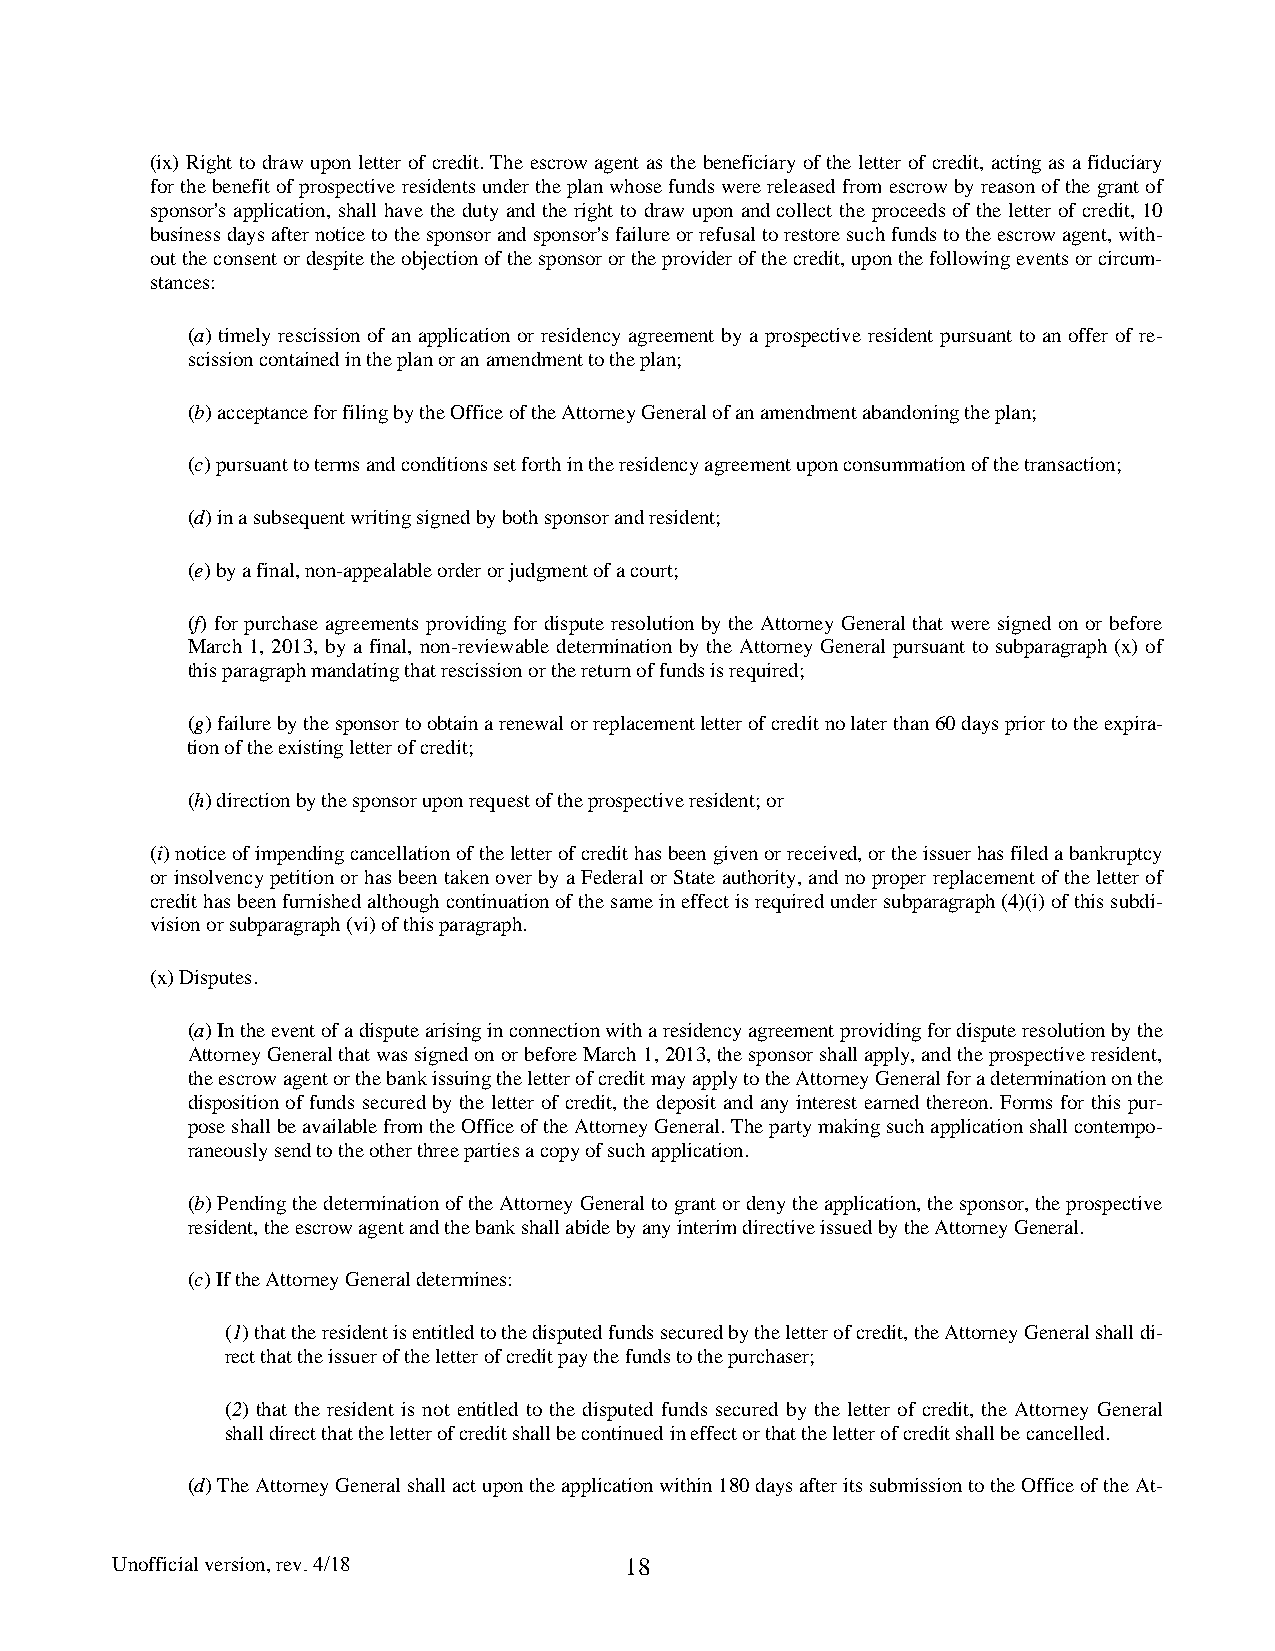
(ix) Right to draw upon letter of credit. The escrow agent as the beneficiary of the letter of credit, acting as a fiduciary
 for the benefit of prospective residents under the plan whose funds were released from escrow by reason of the grant of
 sponsor's application, shall have the duty and the right to draw upon and collect the proceeds of the letter of credit, 10
 business days after notice to the sponsor and sponsor's failure or refusal to restore such funds to the escrow agent, with-
 out the consent or despite the objection of the sponsor or the provider of the credit, upon the following events or circum-
 stances:
 (a) timely rescission of an application or residency agreement by a prospective resident pursuant to an offer of re-
 scission contained in the plan or an amendment to the plan;
 (b) acceptance for filing by the Office of the Attorney General of an amendment abandoning the plan;
 (c) pursuant to terms and conditions set forth in the residency agreement upon consummation of the transaction;
 (d) in a subsequent writing signed by both sponsor and resident;
 (e) by a final, non-appealable order or judgment of a court;
 (f) for purchase agreements providing for dispute resolution by the Attorney General that were signed on or before
 March 1, 2013, by a final, non-reviewable determination by the Attorney General pursuant to subparagraph (x) of
 this paragraph mandating that rescission or the return of funds is required;
 (g) failure by the sponsor to obtain a renewal or replacement letter of credit no later than 60 days prior to the expira-
 tion of the existing letter of credit;
 (h) direction by the sponsor upon request of the prospective resident; or
 (i) notice of impending cancellation of the letter of credit has been given or received, or the issuer has filed a bankruptcy
 or insolvency petition or has been taken over by a Federal or State authority, and no proper replacement of the letter of
 credit has been furnished although continuation of the same in effect is required under subparagraph (4)(i) of this subdi-
 vision or subparagraph (vi) of this paragraph.
 (x) Disputes.
 (a) In the event of a dispute arising in connection with a residency agreement providing for dispute resolution by the
 Attorney General that was signed on or before March 1, 2013, the sponsor shall apply, and the prospective resident,
 the escrow agent or the bank issuing the letter of credit may apply to the Attorney General for a determination on the
 disposition of funds secured by the letter of credit, the deposit and any interest earned thereon. Forms for this pur-
 pose shall be available from the Office of the Attorney General. The party making such application shall contempo-
 raneously send to the other three parties a copy of such application.
 (b) Pending the determination of the Attorney General to grant or deny the application, the sponsor, the prospective
 resident, the escrow agent and the bank shall abide by any interim directive issued by the Attorney General.
 (c) If the Attorney General determines:
 (1) that the resident is entitled to the disputed funds secured by the letter of credit, the Attorney General shall di-
 rect that the issuer of the letter of credit pay the funds to the purchaser;
 (2) that the resident is not entitled to the disputed funds secured by the letter of credit, the Attorney General
 shall direct that the letter of credit shall be continued in effect or that the letter of credit shall be cancelled.
 (d) The Attorney General shall act upon the application within 180 days after its submission to the Office of the At-
 Unofficial version, rev. 4/18     18